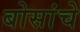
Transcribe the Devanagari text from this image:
बोसांचे